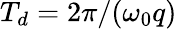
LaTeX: T_{d}=2\pi/(\omega_{0}q)